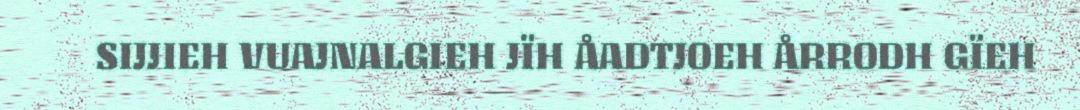
SIJJIEH VUAJNALGIEH JÏH ÅADTJOEH ÅRRODH GÏEH